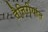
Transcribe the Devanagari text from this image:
तैत्तिरीयांत